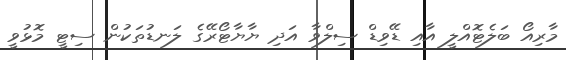
މާރިއޯ ބަލެޓޮއްލީ އާއި ޑޭވިޑް ސިލްވާ އަދި ޔާޔާޓޯރޭގެ ލަނޑުތަކުން ސިޓީ މޮޅުވީ